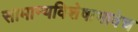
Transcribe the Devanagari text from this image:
सामान्यविशेषाभावेच